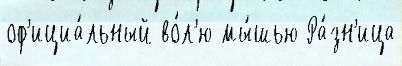
оф'ициа́льный во́л'ю мы́шью Ра́зн'ица